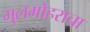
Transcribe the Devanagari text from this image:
गुलमोहराचा